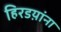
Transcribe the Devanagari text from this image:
हिरडय़ांना